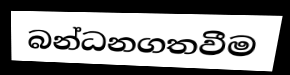
බන්ධනගතවීම